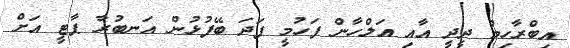
އިބްރާހިމް ދީދީ އާއި އަލްހާން ފަހުމީ ފަދަ ބޭފުޅުން އަނބުރާ ޕާޓީ އަށް